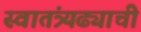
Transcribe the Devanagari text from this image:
स्वातंत्र्यढ्याची